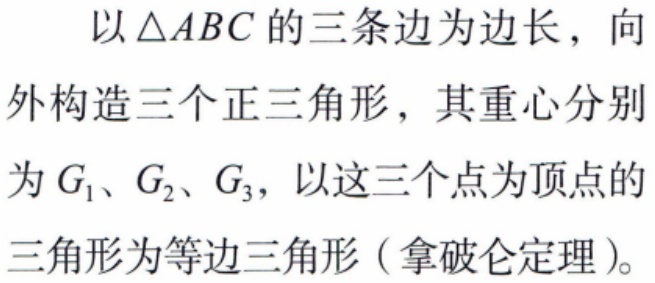
以\(\triangle ABC\)的三条边为边长，向外构造三个正三角形，其重心分别为\(G_1\)、\(G_2\)、\(G_3\)，以这三个点为顶点的三角形为等边三角形（拿破仑定理）。